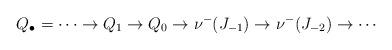
LaTeX: \begin{align*}Q_{\bullet} = \cdots \to Q_{1}\to Q_0\to \nu^-(J_{-1})\to \nu^-(J_{-2})\to \cdots \end{align*}